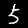
Label: 5